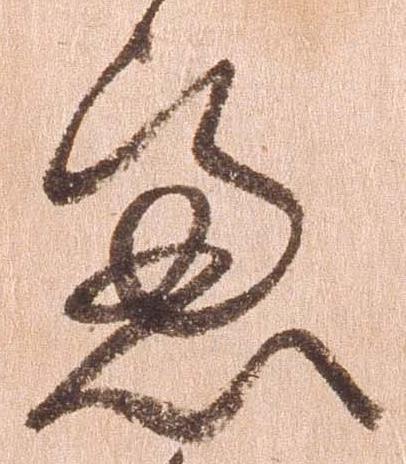
慮